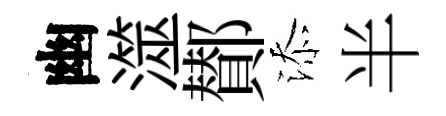
幽澨鄼添半